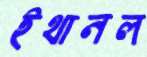
ইথানল